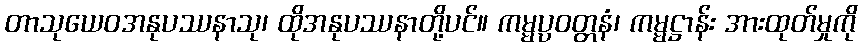
တာသုယေဝအနုပဿနာသု၊ ထိုအနုပဿနာတို့ပင်။ ကမ္မပ္ပဝတ္တနံ၊ ကမ္မဋ္ဌာန်း အားထုတ်မှုကို